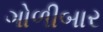
ગોળીબાર